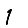
Digit: 1